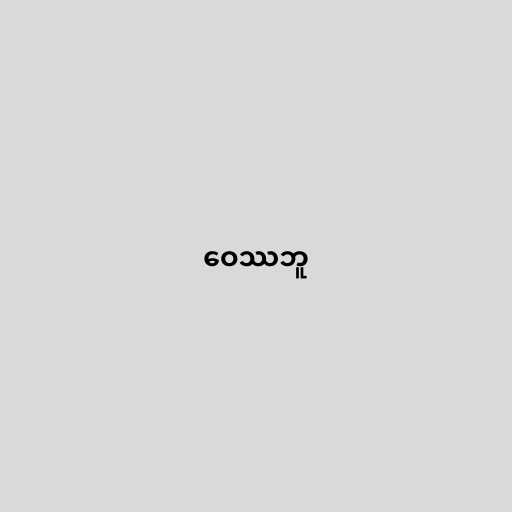
ဝေဿဘူ